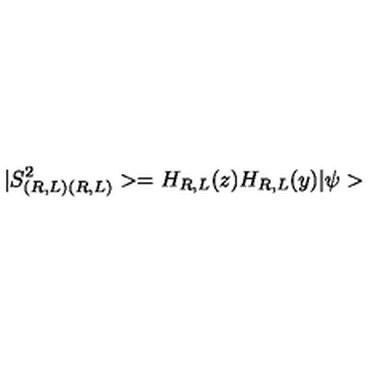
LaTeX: | S _ { ( R , L ) ( R , L ) } ^ { 2 } > = H _ { R , L } ( z ) H _ { R , L } ( y ) | \psi >